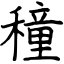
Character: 穜